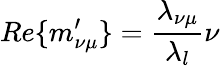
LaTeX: Re\{ m_{\nu\mu}^{\prime}\} =\frac{\lambda_{\nu\mu}}{\lambda_{l}}\nu